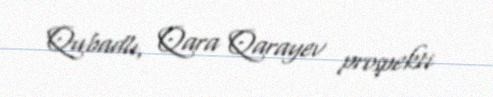
Qubadlı, Qara Qarayev prospekti